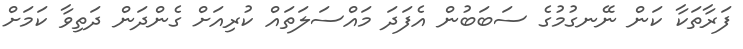
ފަރާތަކާ ކަން ނޭނގުމުގެ ސަބަބުން އެފަދަ މައްސަލަތައް ކުރިއަށް ގެންދަން ދަތިވާ ކަމަށް